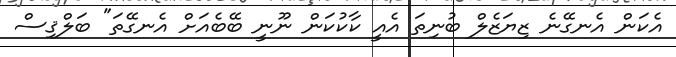
އެކަން އެނގޭނެ ޒިޔަޒެލް ބުނިތަ އެއީ ކާކުކަން ނޫނީ ބޭބެއަށް އެނގޭތަ" ބަލްޤިސް